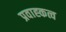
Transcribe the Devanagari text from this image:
प्रवाह्कत्व